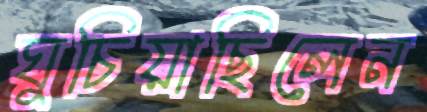
ঘুচিয়াছিলেন